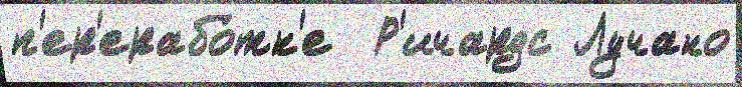
п'ер'ерабо́тк'е  Р'ичардс Лучано